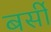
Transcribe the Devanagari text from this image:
बर्सी